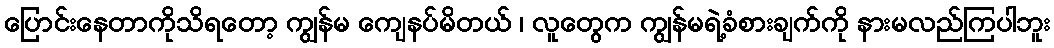
ပြောင်းနေတာကိုသိရတော့ ကျွန်မ ကျေနပ်မိတယ် ၊ လူတွေက ကျွန်မရဲ့ခံစားချက်ကို နားမလည်ကြပါဘူး